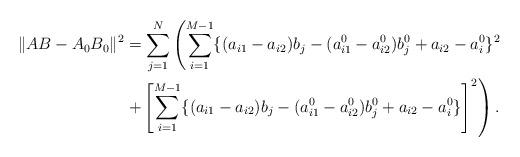
LaTeX: \begin{align*}\lVert AB-A_0B_0 \rVert^2 &= \sum_{j=1}^N \left( \sum_{i=1}^{M-1} \{(a_{i1}-a_{i2})b_j -(a^0_{i1}-a^0_{i2})b^0_j+a_{i2}-a^0_i\}^2 \right. \\&\left. + \left[ \sum_{i=1}^{M-1} \{(a_{i1}-a_{i2})b_j-(a^0_{i1}-a^0_{i2})b^0_j +a_{i2}-a^0_i\} \right]^2 \right).\end{align*}